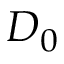
{ \cal D } _ { 0 }